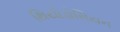
થિયોડોસિયન